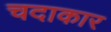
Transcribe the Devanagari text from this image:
चदाकार